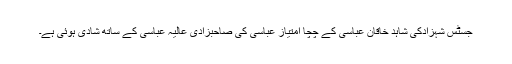
جسٹس شہزادکی شاہد خاقان عباسی کے چچا امتیاز عباسی کی صاحبزادی عالیہ عباسی کے ساتھ شادی ہوئی ہے۔